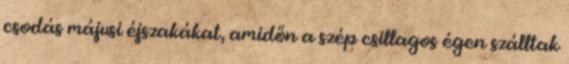
csodás májusi éjszakákat, amidőn a szép csillagos égen szálltak